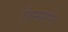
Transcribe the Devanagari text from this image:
ज़िम्मरमैन